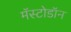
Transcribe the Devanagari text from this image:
मॅस्टोडॉन